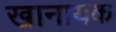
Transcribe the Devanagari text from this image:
खानायक